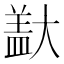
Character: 𪥞